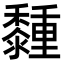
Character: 𪐈